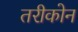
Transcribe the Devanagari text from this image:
तरीकोन